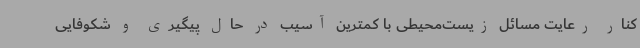
کنار رعایت مسائل زیست‌محیطی با کمترین آسیب در حال پیگیری و شکوفایی